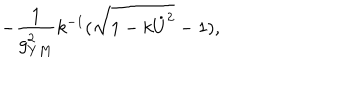
- { \frac { 1 } { g _ { Y M } ^ { 2 } } } k ^ { - 1 } ( \sqrt { 1 - k \dot { U } ^ { 2 } } - 1 ) ,